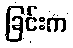
ခြင်းက